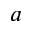
a